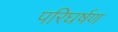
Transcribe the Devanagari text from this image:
परिघर्षण